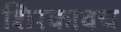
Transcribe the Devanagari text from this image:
शिरकावच